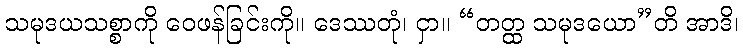
သမုဒယသစ္စာကို ဝေဖန်ခြင်းကို။ ဒေဿတုံ၊ ငှာ။ “တတ္ထ သမုဒယော”တိ အာဒိ၊